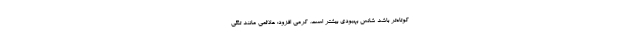
کوتاه‌تر باشد شانس بهبودی بیشتر است. کرمی افزود: علائمی مانند تنگی